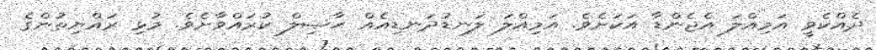
ދެއްކެވީ އަމިއްލަ އެޖެންޑާ އަކަށެވެ. އަމިއްލަ ލަނޑުދަނޑިއެއް ޙާޞިލް ކުރައްވާށެވެ. މުޅި ރައްޔިތުންގެ